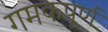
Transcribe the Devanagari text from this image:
गमकपूर्ण